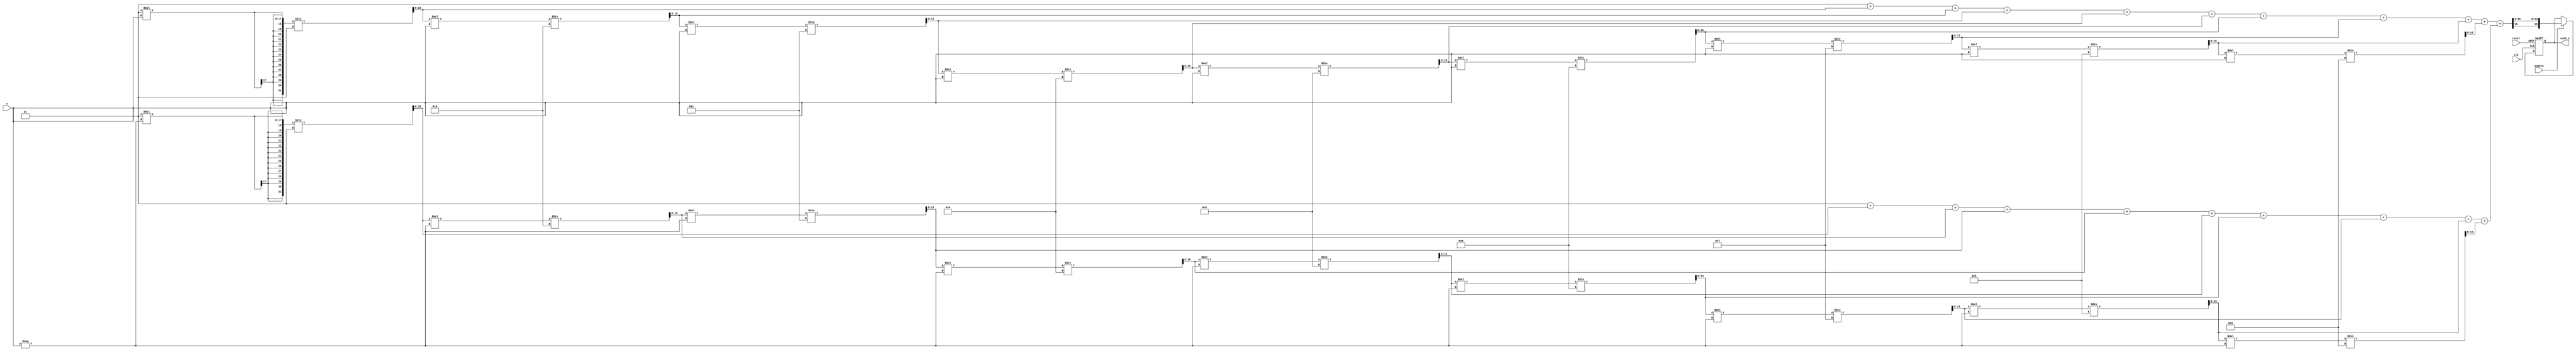
module hyperbolic_cosh #(
    parameter WIDTH = 16, // Bit-width for input and output
    parameter EXPONENT_WIDTH = 8 // Bit-width for the exponent in fixed-point representation
)(
    input wire clk,
    input wire reset,
    input wire enable,
    input wire signed [WIDTH-1:0] x, // Input value
    output reg signed [WIDTH-1:0] cosh_x // Output value
);

    // Internal signals
    wire signed [WIDTH-1:0] exp_x;
    wire signed [WIDTH-1:0] exp_neg_x;
    wire signed [WIDTH-1:0] sum_exp;
    wire signed [WIDTH-1:0] half_sum;

    // Taylor series approximation for e^x and e^-x
    function signed [WIDTH-1:0] exp_approx(input signed [WIDTH-1:0] x);
        reg signed [WIDTH-1:0] term;
        reg signed [WIDTH-1:0] result;
        integer i;
        begin
            result = 0;
            term = 1; // 0th term: 1
            for (i = 0; i < 10; i = i + 1) begin // 10 terms for approximation
                result = result + term;
                term = (term * x) / (i + 1); // term = x^i / i!
            end
            exp_approx = result;
        end
    endfunction

    // Compute e^x and e^-x
    assign exp_x = exp_approx(x);
    assign exp_neg_x = exp_approx(-x);

    // Combine results
    assign sum_exp = exp_x + exp_neg_x; // e^x + e^-x
    assign half_sum = sum_exp >>> 1; // Divide by 2 (right shift)

    // Output logic
    always @(posedge clk or posedge reset) begin
        if (reset) begin
            cosh_x <= 0;
        end else if (enable) begin
            cosh_x <= half_sum;
        end
    end

endmodule